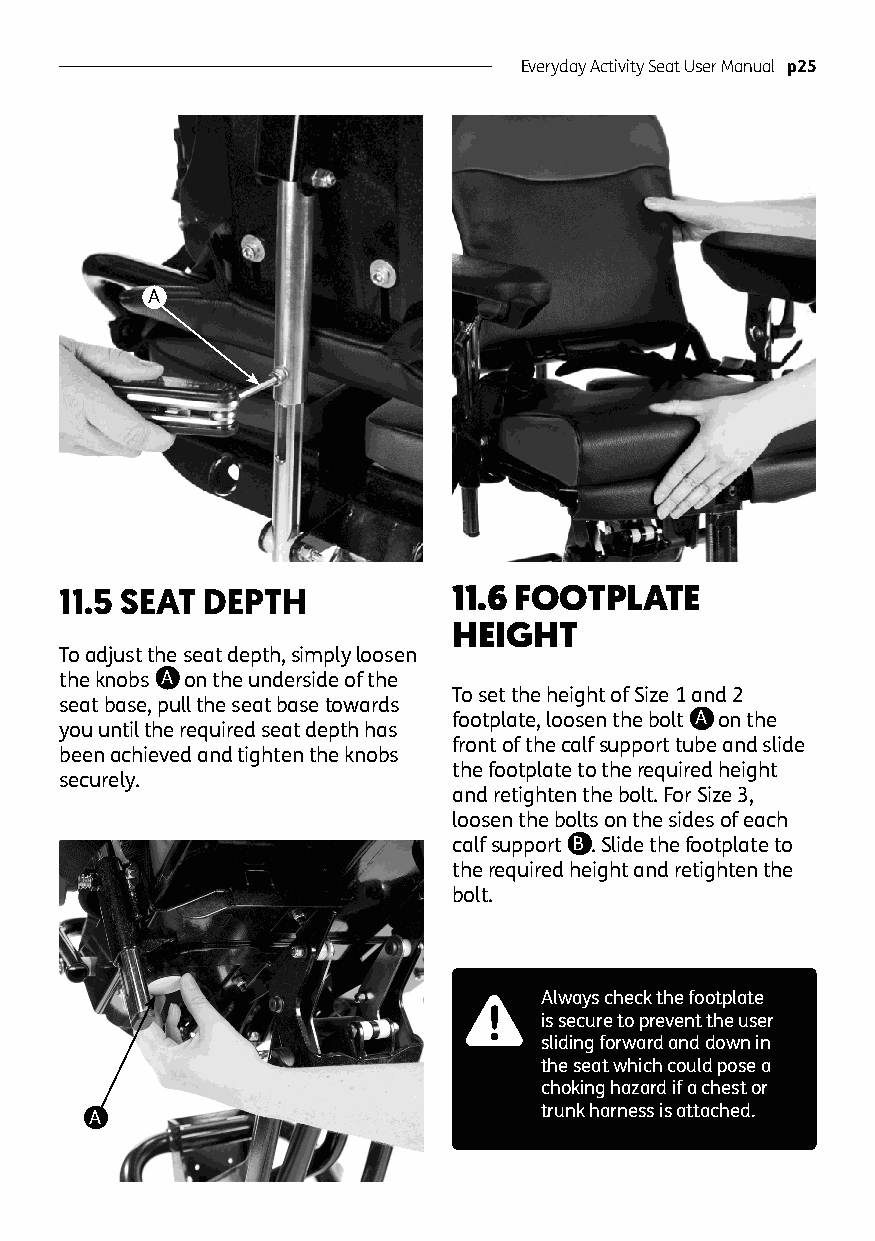
Everyday Activity Seat User Manual p25
 A
 11.5 SEAT DEPTH           11.6 FOOTPLATE
 HEIGHT
 To adjust the seat depth, simply loosen
 the knobs A on the underside of the
 To set the height of Size 1 and 2
 seat base, pull the seat base towards
 you until the required seat depth has
 footplate, loosen the bolt A on the
 front of the calf support tube and slide
 been achieved and tighten the knobs
 the footplate to the required height
 securely.
 and retighten the bolt. For Size 3,
 loosen the bolts on the sides of each
 calf support B . Slide the footplate to
 the required height and retighten the
 bolt.
 Always check the footplate
 is secure to prevent the user
 sliding forward and down in
 the seat which could pose a
 choking hazard if a chest or
 trunk harness is attached.
 A